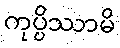
ကုပ္ပိဿာမိ